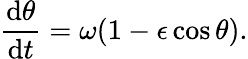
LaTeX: \frac{\mathrm{d}\theta}{\mathrm{d}t}=\omega(1-\epsilon\cos\theta).